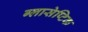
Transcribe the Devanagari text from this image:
ग्लासेप्टिक